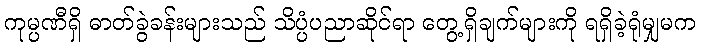
ကုမ္ပဏီရှိ ဓာတ်ခွဲခန်းများသည် သိပ္ပံပညာဆိုင်ရာ တွေ့ရှိချက်များကို ရရှိခဲ့ရုံမျှမက